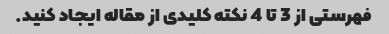
فهرستی از 3 تا 4 نکته کلیدی از مقاله ایجاد کنید.